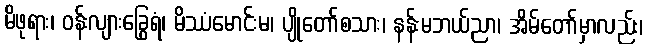
မိဖုရား၊ ဝန်းလျားခြွေရံ၊ မိဿံမောင်းမ၊ ပျိုတော်စသား၊ နန်းမဘယ်ညာ၊ အိမ်တော်မှာလည်း၊